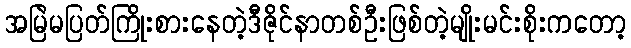
အမြဲမပြတ်ကြိုးစားနေတဲ့ဒီဇိုင်နာတစ်ဦးဖြစ်တဲ့မျိုးမင်းစိုးကတော့